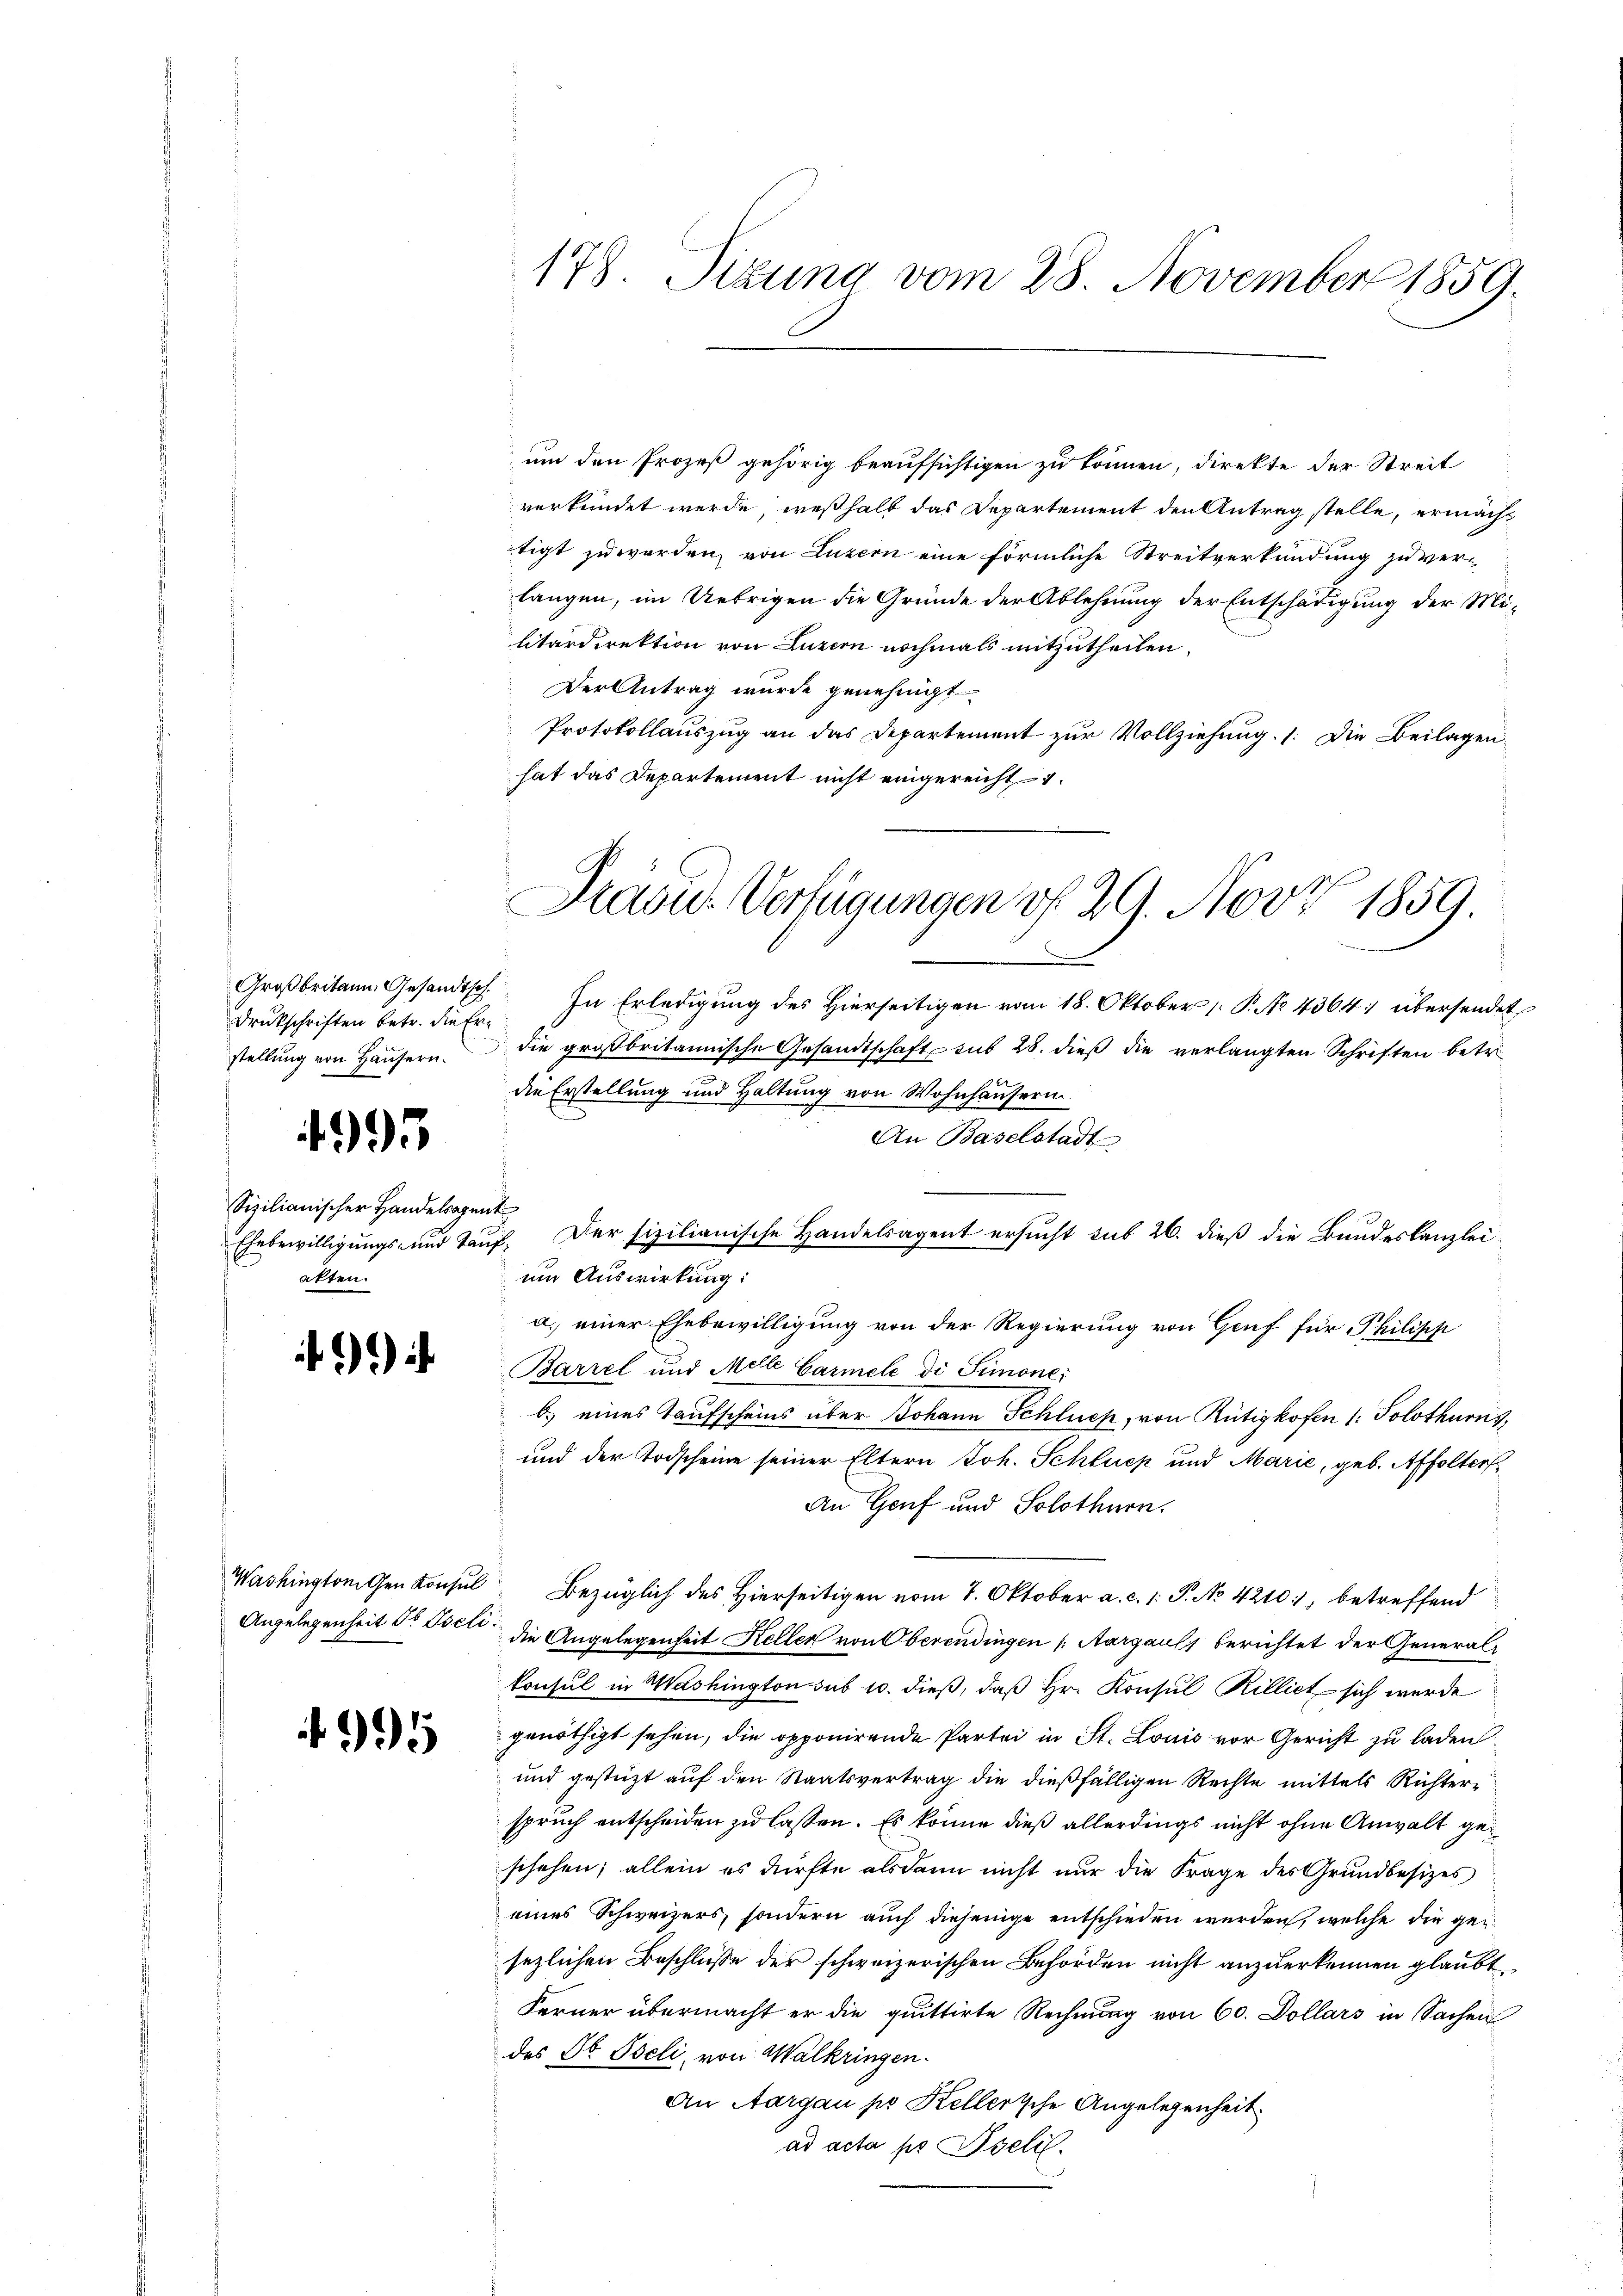
Druckschriften betr. die Ern

4995

Sizilianischer Handelsagent
alten.

1995

178. Sizung vom 28. November 1859.

um den Prozeß gehörig beaufsichtigen zu können, direkte der Streit
verkündet werde, weßhalb das Departement den Antrag stelle, ermächt
tigt zu werden, von Luzern eine förmliche Streitverkündung zu ver-
langen, im Uebrigen die Gründe der Ablehnung der Entschädigung der Militärdirektion von Luzern nochmals mitzutheilen,
Der Antrag wurde genehmigt
Protokollauszug an das Departement zur Vollziehung. (: Die Beilagenhat das Departement nicht eingereicht

Großbritann Gesandtsch. In Erledigung des Hierseitigen vom 18. Oktober [ P. No 4364: übersendet
stellŭng von Häŭsern die großbritannische Gesandtschaft mit 28. dieβ die verlangten Schriften betr.
die Erstellung und Haltung von Wohnhäusern.
An Baselstadt
Ehebewilligungs- und Tauf. Der fizilianische Handelsagent ersucht sub 26. dieß die Bundeskanzlei
um Auswirkung:
a. einer Ehebewilligung von der Regierung von Genf für Philipp
Barzel und Melle Carmele di Simone;
b) eines Taufscheins über Johann Schluck, von Rütigkofen 1: Solothurns,
 und der Todscheine seiner Eltern Joh. Schluep und Marie, geb. Affolter
An Genf und Solothurn.
Washington gen Konsul Bezüglich des hierseitigen vom 7. Oktober a. c. 1. P. No 4210, betreffend
Angelegenheit dr Isel: die Angelegenheit Keller von Oberendingen (Aargauls berichtet der General-
konsul in Washington sub 10. dieß, daß Hr. Konsul Rilliet sich werde
genöthigt sehen, die opponirende Partei in St. Louis vor Gericht zu laden
und gestüzt auf den Staatsvertrag die dießfälligen Rechte mittels Richterspruch entscheiden zu lassen. Es könne dieß allerdings nicht ohne Anwalt geschehen; allein es dürfte alsdann nicht nur die Frage des Grundbesizes
eines Schweizers, sondern auch diejenige entschieden werden, welche die gesezlichen Beschluße der schweizerischen Behörden nicht anzuerkennen glaubt,
Ferner übermacht er die quittirte Rechnung von 60. Dollars in Sachen
des No Iseli, von Walkringen.
An Aargau pr Kellertsche Angelegenheit
ad acta pr Iselil.

Präsid. Verfügungen v. 29. Nov 1859.
e